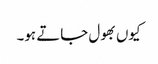
کیوں بھول جاتے ہو۔